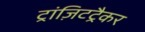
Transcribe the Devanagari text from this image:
ट्रांज़िटट्रैकर